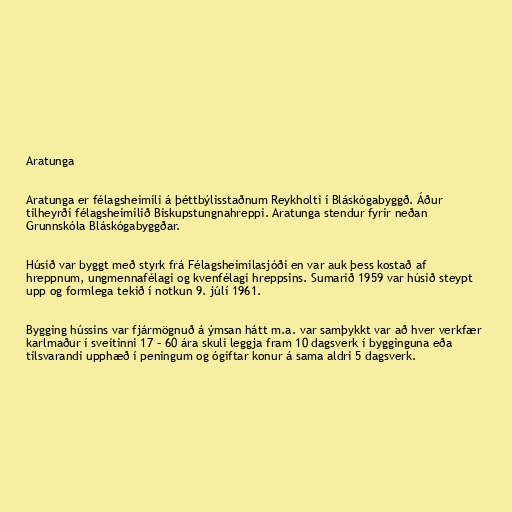
Aratunga

Aratunga er félagsheimili á þéttbýlisstaðnum Reykholti í Bláskógabyggð. Áður
tilheyrði félagsheimilið Biskupstungnahreppi. Aratunga stendur fyrir neðan
Grunnskóla Bláskógabyggðar.

Húsið var byggt með styrk frá Félagsheimilasjóði en var auk þess kostað af
hreppnum, ungmennafélagi og kvenfélagi hreppsins. Sumarið 1959 var húsið steypt
upp og formlega tekið í notkun 9. júlí 1961.

Bygging hússins var fjármögnuð á ýmsan hátt m.a. var samþykkt var að hver verkfær
karlmaður í sveitinni 17 – 60 ára skuli leggja fram 10 dagsverk í bygginguna eða
tilsvarandi upphæð í peningum og ógiftar konur á sama aldri 5 dagsverk.